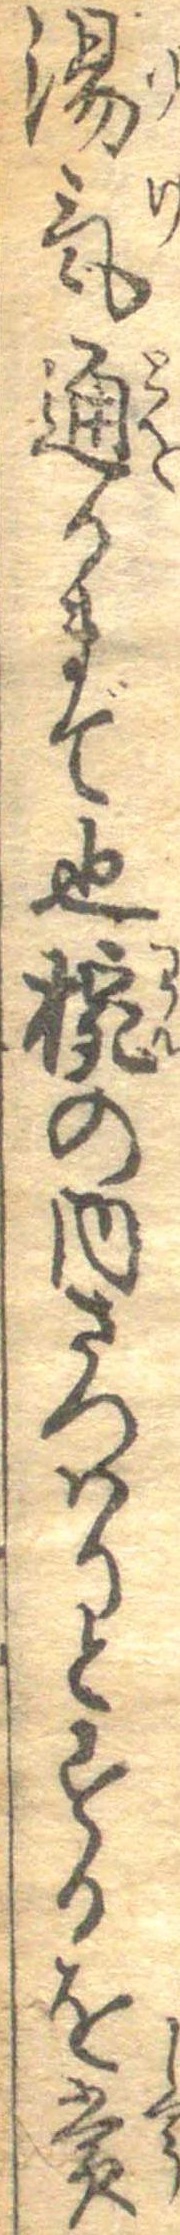
湯気通るまで也椀の内さつはりとするを賞